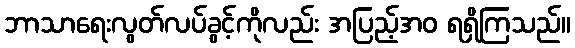
ဘာသာရေးလွတ်လပ်ခွင့်ကိုလည်း အပြည့်အဝ ရရှိကြသည်။